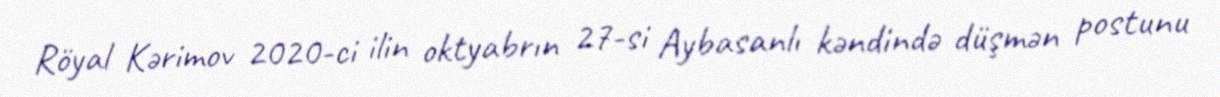
Röyal Kərimov 2020-ci ilin oktyabrın 27-si Aybasanlı kəndində düşmən postunu